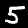
Digit: 5